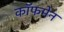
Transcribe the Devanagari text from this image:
कॉफमेन